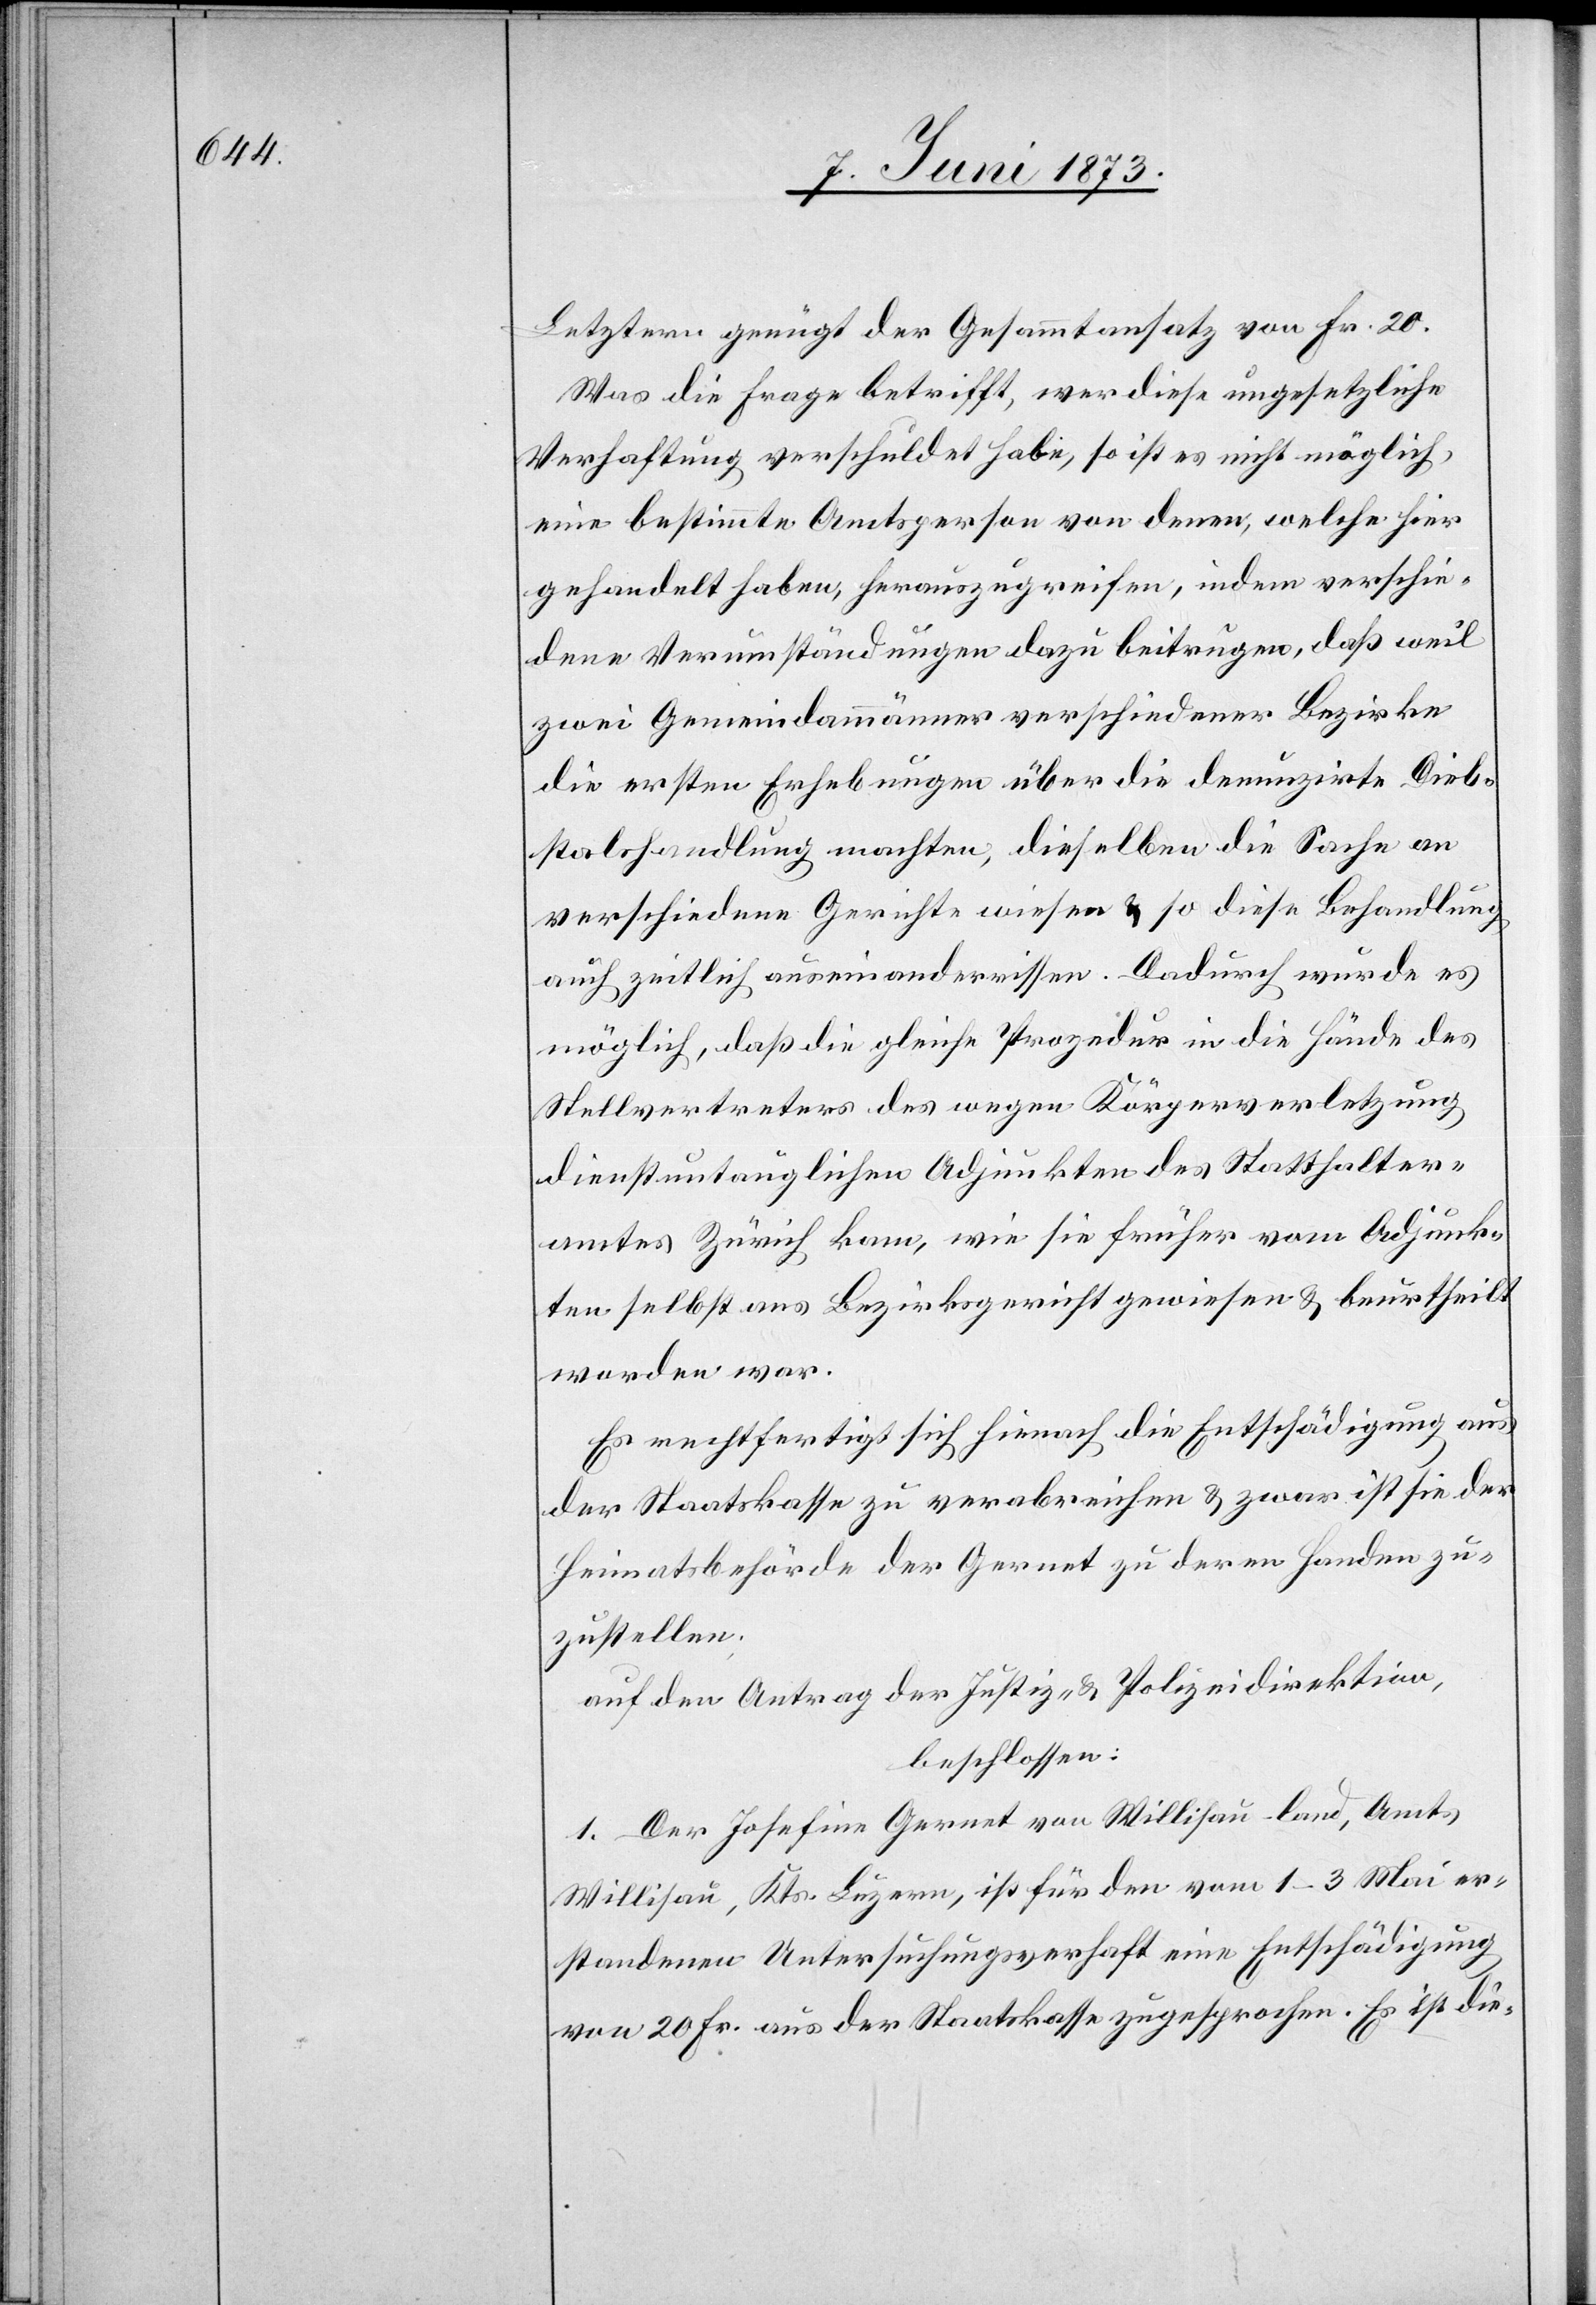
Letztern genügt der Gesammtansatz von Fr. 20.
Was die Frage betrifft, wer diese ungesetzliche
Verhaftung verschuldet habe, so ist es nicht möglich,
eine bestimmte Amtsperson von denen, welche hier
gehandelt haben, herauszugreifen, indem verschie¬
dene Verumständungen dazu beitrugen, daß weil
zwei Gemeindammänner verschiedener Bezirke
die ersten Erhebungen über die denunzirte Dieb¬
stalshandlung machten, dieselben die Sache an
verschiedene Gerichte wiesen & so diese Behandlung
auch zeitlich auseinanderrissen. Dadurch wurde es
möglich, daß die gleiche Prozedur in die Hände des
Stellvertreters des wegen Körperverletzung
dienstuntauglichen Adjunkten des Statthalter¬
amtes Zürich kam, wie sie früher vom Adjunk¬
ten selbst ans Bezirksgericht gewiesen & beurtheilt
worden war.
Es rechtfertigt sich hienach die Entschädigung aus
der Staatskasse zu verabreichen & zwar ist sie der
Heimatsbehörde der Gernet zu deren Handen zu¬
zustellen.
auf den Antrag der Justiz- & Polizeidirektion,
beschlossen:
1. Der Josefine Gernet von Willisau-land [sic!],
Willisau, Kts. Luzern, ist für den vom 1–3. Mai er¬
standenen Untersuchungsverhaft eine Entschädigung
von 20 Fr. aus der Staatskasse zugesprochen. Es ist die-